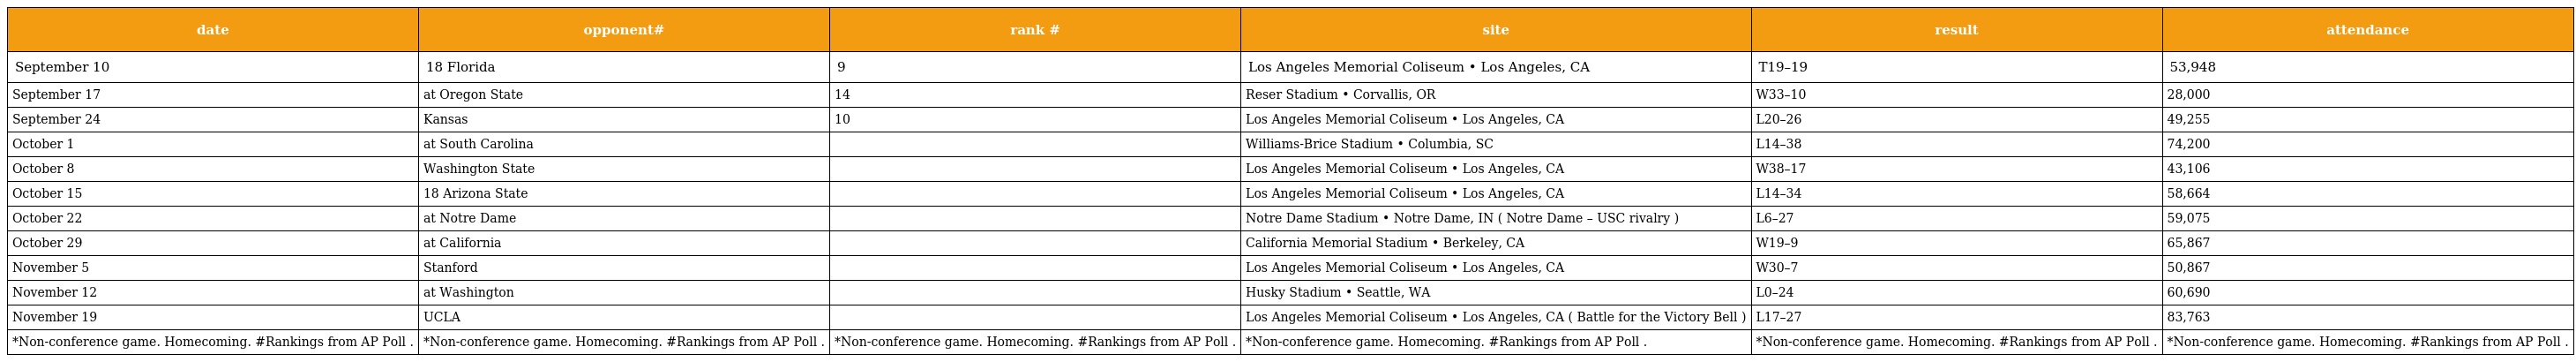
| date | opponent# | rank # | site | result | attendance |
 | --- | --- | --- | --- | --- | --- |
 | September 10 | 18 Florida | 9 | Los Angeles Memorial Coliseum • Los Angeles, CA | T19–19 | 53,948 |
 | September 17 | at Oregon State | 14 | Reser Stadium • Corvallis, OR | W33–10 | 28,000 |
 | September 24 | Kansas | 10 | Los Angeles Memorial Coliseum • Los Angeles, CA | L20–26 | 49,255 |
 | October 1 | at South Carolina |  | Williams-Brice Stadium • Columbia, SC | L14–38 | 74,200 |
 | October 8 | Washington State |  | Los Angeles Memorial Coliseum • Los Angeles, CA | W38–17 | 43,106 |
 | October 15 | 18 Arizona State |  | Los Angeles Memorial Coliseum • Los Angeles, CA | L14–34 | 58,664 |
 | October 22 | at Notre Dame |  | Notre Dame Stadium • Notre Dame, IN ( Notre Dame – USC rivalry ) | L6–27 | 59,075 |
 | October 29 | at California |  | California Memorial Stadium • Berkeley, CA | W19–9 | 65,867 |
 | November 5 | Stanford |  | Los Angeles Memorial Coliseum • Los Angeles, CA | W30–7 | 50,867 |
 | November 12 | at Washington |  | Husky Stadium • Seattle, WA | L0–24 | 60,690 |
 | November 19 | UCLA |  | Los Angeles Memorial Coliseum • Los Angeles, CA ( Battle for the Victory Bell ) | L17–27 | 83,763 |
 | *Non-conference game. Homecoming. #Rankings from AP Poll . | *Non-conference game. Homecoming. #Rankings from AP Poll . | *Non-conference game. Homecoming. #Rankings from AP Poll . | *Non-conference game. Homecoming. #Rankings from AP Poll . | *Non-conference game. Homecoming. #Rankings from AP Poll . | *Non-conference game. Homecoming. #Rankings from AP Poll . |